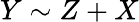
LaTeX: Y\sim Z+X